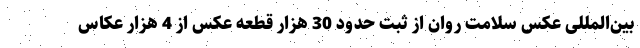
بین‌المللی عکس سلامت روان از ثبت حدود 30 هزار قطعه عکس از 4 هزار عکاس